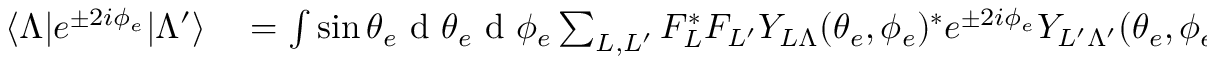
\begin{array} { r l } { \langle \Lambda | e ^ { \pm 2 i \phi _ { e } } | \Lambda ^ { \prime } \rangle } & { { } = \int \sin { \theta _ { e } } \mathrm { ~ d ~ } \theta _ { e } \mathrm { ~ d ~ } \phi _ { e } \sum _ { L , L ^ { \prime } } F _ { L } ^ { * } F _ { L ^ { \prime } } Y _ { L \Lambda } ( \theta _ { e } , \phi _ { e } ) ^ { * } e ^ { \pm 2 i \phi _ { e } } Y _ { L ^ { \prime } \Lambda ^ { \prime } } ( \theta _ { e } , \phi _ { e } ) } \end{array}